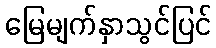
မြေမျက်နှာသွင်ပြင်